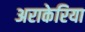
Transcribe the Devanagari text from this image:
अराकेरिया